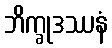
ဘိက္ခုဒဿနံ